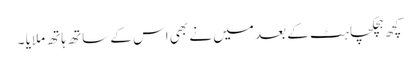
کچھ ہچکچاہٹ کے بعد میں نے بھی اس کے ساتھ ہاتھ ملایا ۔